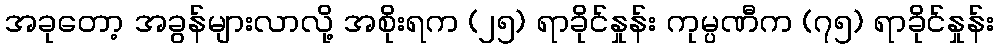
အခုတော့ အခွန်များလာလို့ အစိုးရက (၂၅) ရာခိုင်နှုန်း ကုမ္ပဏီက (၇၅) ရာခိုင်နှုန်း